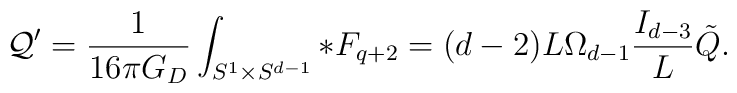
{\cal Q}'={1\over 16\pi G_D}\int_{S^1\times S^{d-1}} *F_{q+2}=(d-2) L \Omega_{d-1} {I_{d-3}\over L}\tilde{Q}.